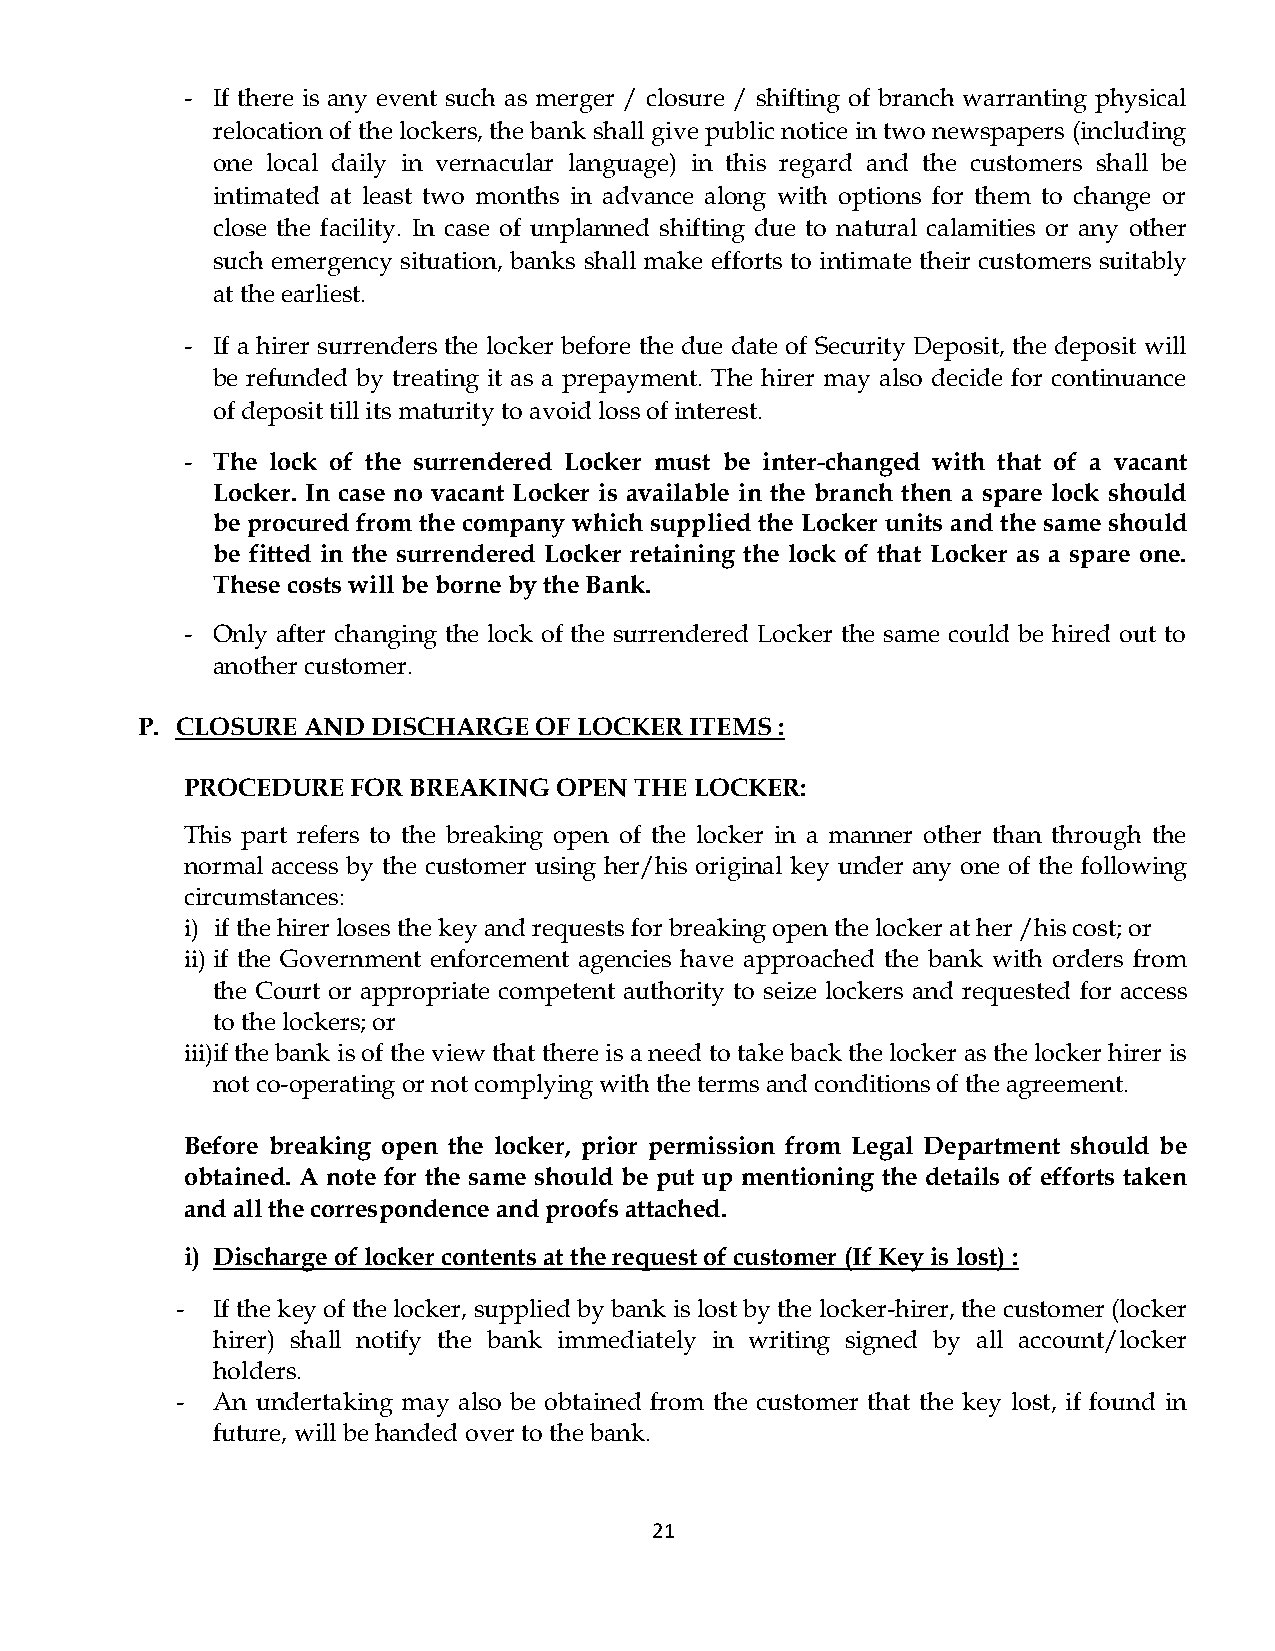
- If there is any event such as merger / closure / shifting of branch warranting physical
 relocation of the lockers, the bank shall give public notice in two newspapers (including
 one local daily in vernacular language) in this regard and the customers shall be
 intimated at least two months in advance along with options for them to change or
 close the facility. In case of unplanned shifting due to natural calamities or any other
 such emergency situation, banks shall make efforts to intimate their customers suitably
 at the earliest.
 - If a hirer surrenders the locker before the due date of Security Deposit, the deposit will
 be refunded by treating it as a prepayment. The hirer may also decide for continuance
 of deposit till its maturity to avoid loss of interest.
 - The lock of the surrendered Locker must be inter-changed with that of a vacant
 Locker. In case no vacant Locker is available in the branch then a spare lock should
 be procured from the company which supplied the Locker units and the same should
 be fitted in the surrendered Locker retaining the lock of that Locker as a spare one.
 These costs will be borne by the Bank.
 - Only after changing the lock of the surrendered Locker the same could be hired out to
 another customer.
 P. CLOSURE AND  DISCHARGE OF LOCKER  ITEMS :
 PROCEDURE  FOR BREAKING  OPEN THE LOCKER:
 This part refers to the breaking open of the locker in a manner other than through the
 normal access by the customer using her/his original key under any one of the following
 circumstances:
 i) if the hirer loses the key and requests for breaking open the locker at her /his cost; or
 ii) if the Government enforcement agencies have approached the bank with orders from
 the Court or appropriate competent authority to seize lockers and requested for access
 to the lockers; or
 iii) if the bank is of the view that there is a need to take back the locker as the locker hirer is
 not co-operating or not complying with the terms and conditions of the agreement.
 Before breaking open the locker, prior permission from Legal Department should be
 obtained. A note for the same should be put up mentioning the details of efforts taken
 and all the correspondence and proofs attached.
 i) Discharge of locker contents at the request of customer (If Key is lost) :
 - If the key of the locker, supplied by bank is lost by the locker-hirer, the customer (locker
 hirer) shall notify the bank immediately in writing signed by all account/locker
 holders.
 - An undertaking may also be obtained from the customer that the key lost, if found in
 future, will be handed over to the bank.
 21